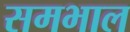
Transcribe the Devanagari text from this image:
समभाल